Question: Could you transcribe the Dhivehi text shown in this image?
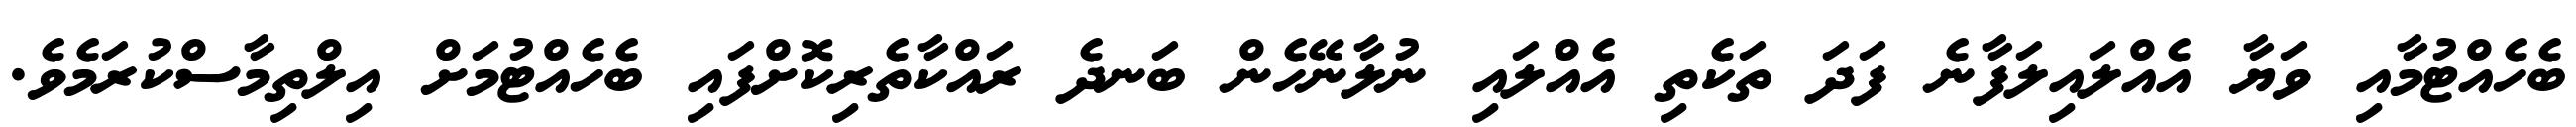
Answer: ބެހެއްޓުމާއި ވަޔާ އެއްލައިލަފާނެ ފަދަ ތަކެތި އެއްލައި ނުލާނޭހެން ބަނދެ ރައްކާތެރިކޮށްފައި ބެހެއްޓުމަށް އިލްތިމާސްކުރަމެވެ.